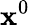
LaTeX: \mathbf{x}^{0}